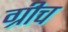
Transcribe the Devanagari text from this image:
ग्रीच